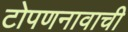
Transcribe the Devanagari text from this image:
टोपणनावाची